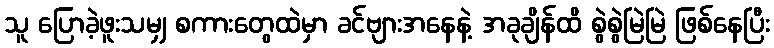
သူ ပြောခဲ့ဖူးသမျှ စကားတွေထဲမှာ ခင်ဗျားအနေနဲ့ အခုချိန်ထိ စွဲစွဲမြဲမြဲ ဖြစ်နေပြီး